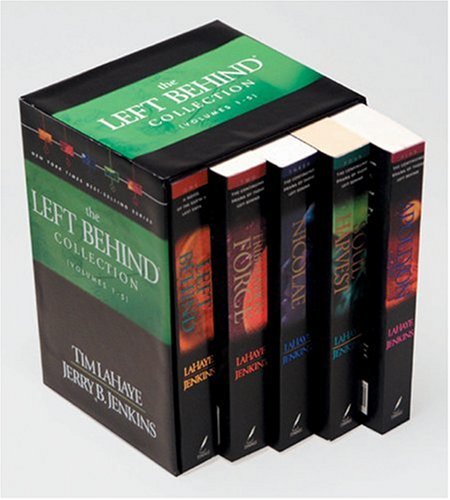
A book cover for Left Behind Collection: Boxed Set Volumes 1-5; Tim F. LaHaye; Christian Books & Bibles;